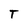
Character: T